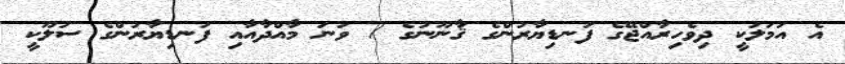
އެ އަމަލަކީ ދިވެހިރާއްޖޭގެ ފަނޑިޔާރުންގެ ޤާނޫނުގެ 7 ވަނަ މާއްދާއާއި ފަނޑިޔާރުންގެ ސުލޫކީ